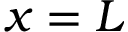
x = L